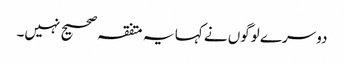
دوسرے لوگوں نے کہا یہ متفقہ صحیح نہیں۔